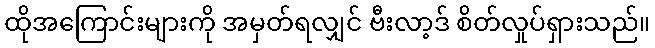
ထိုအကြောင်းများကို အမှတ်ရလျှင် ဗီးလာ့ဒ် စိတ်လှုပ်ရှားသည်။